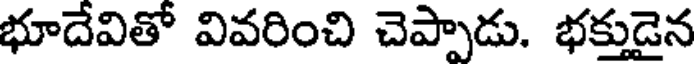
భూదేవితో వివరించి చెప్పాడు. భక్తుడైన